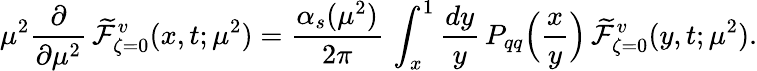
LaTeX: \mu^{2}\frac{\partial}{\partial\mu^{2}}\, \widetilde{\cal F}_{\zeta=0}^{v}(x,t;\mu^{2})=\frac{\alpha_{s}(\mu^{2})}{2\pi}\, \int_{x}^{1}\frac{dy}{y}\, P_{qq}\Big(\frac{x}{y}\Big)\, \widetilde{\cal F}_{\zeta=0}^{v}(y,t;\mu^{2}).